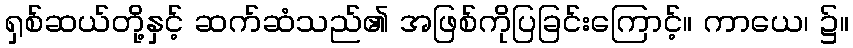
ရှစ်ဆယ်တို့နှင့် ဆက်ဆံသည်၏ အဖြစ်ကိုပြခြင်းကြောင့်။ ကာယေ၊ ၌။